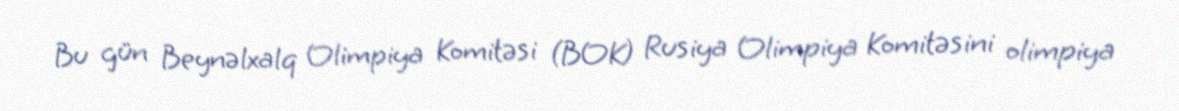
Bu gün Beynəlxalq Olimpiya Komitəsi (BOK) Rusiya Olimpiya Komitəsini olimpiya